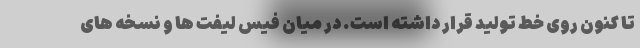
تا کنون روی خط تولید قرار داشته است. در میان فیس لیفت ها و نسخه های